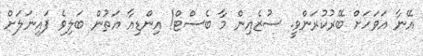
އޭނާ އަވަހަށް ބޭރުކުރަންވީ. ސުޒެއިން މާ ބެސްޓް! އިންޑިއާ އަތުން ބަލިވެ ފައިނަލަށް